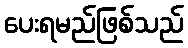
ပေးရမည်ဖြစ်သည်